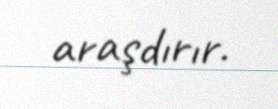
araşdırır.